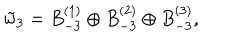
\tilde { w } _ { 3 } = B _ { - 3 } ^ { ( 1 ) } \oplus B _ { - 3 } ^ { ( 2 ) } \oplus B _ { - 3 } ^ { ( 3 ) } ,